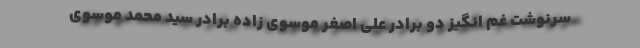
سرنوشت غم انگیز دو برادر علی اصغر موسوی زاده برادر سید محمد موسوی